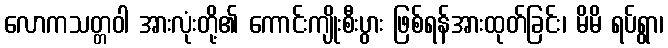
လောကသတ္တဝါ အားလုံးတို့၏ ကောင်းကျိုးစီးပွား ဖြစ်ရန်အားထုတ်ခြင်း၊ မိမိ ရပ်ရွာ၊